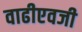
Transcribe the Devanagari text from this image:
वाढीएवजी